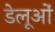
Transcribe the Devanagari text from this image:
डेलूओं